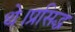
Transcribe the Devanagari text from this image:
थे।प्रसिद्ध